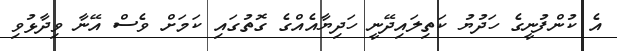
އެ ކުންފުނީގެ ހަދުޔު ކަތިލައިދޭނީ ހަދިޔާއެއްގެ ގޮތުގައި ކަމަށް ވެސް އޭނާ ވިދާޅުވި